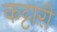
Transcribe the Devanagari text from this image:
कट्टारी